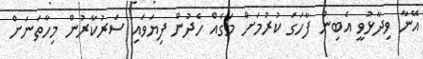
އޭނާ ވިދާޅުވީ އެބިން ފާހަގަ ކުރުމަށް މަގެއް ހެދުން ފިޔަވައި ސަރުކާރުން މިހާތަނަށް